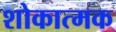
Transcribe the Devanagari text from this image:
शोकात्मक